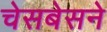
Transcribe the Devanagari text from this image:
चेसबेसने